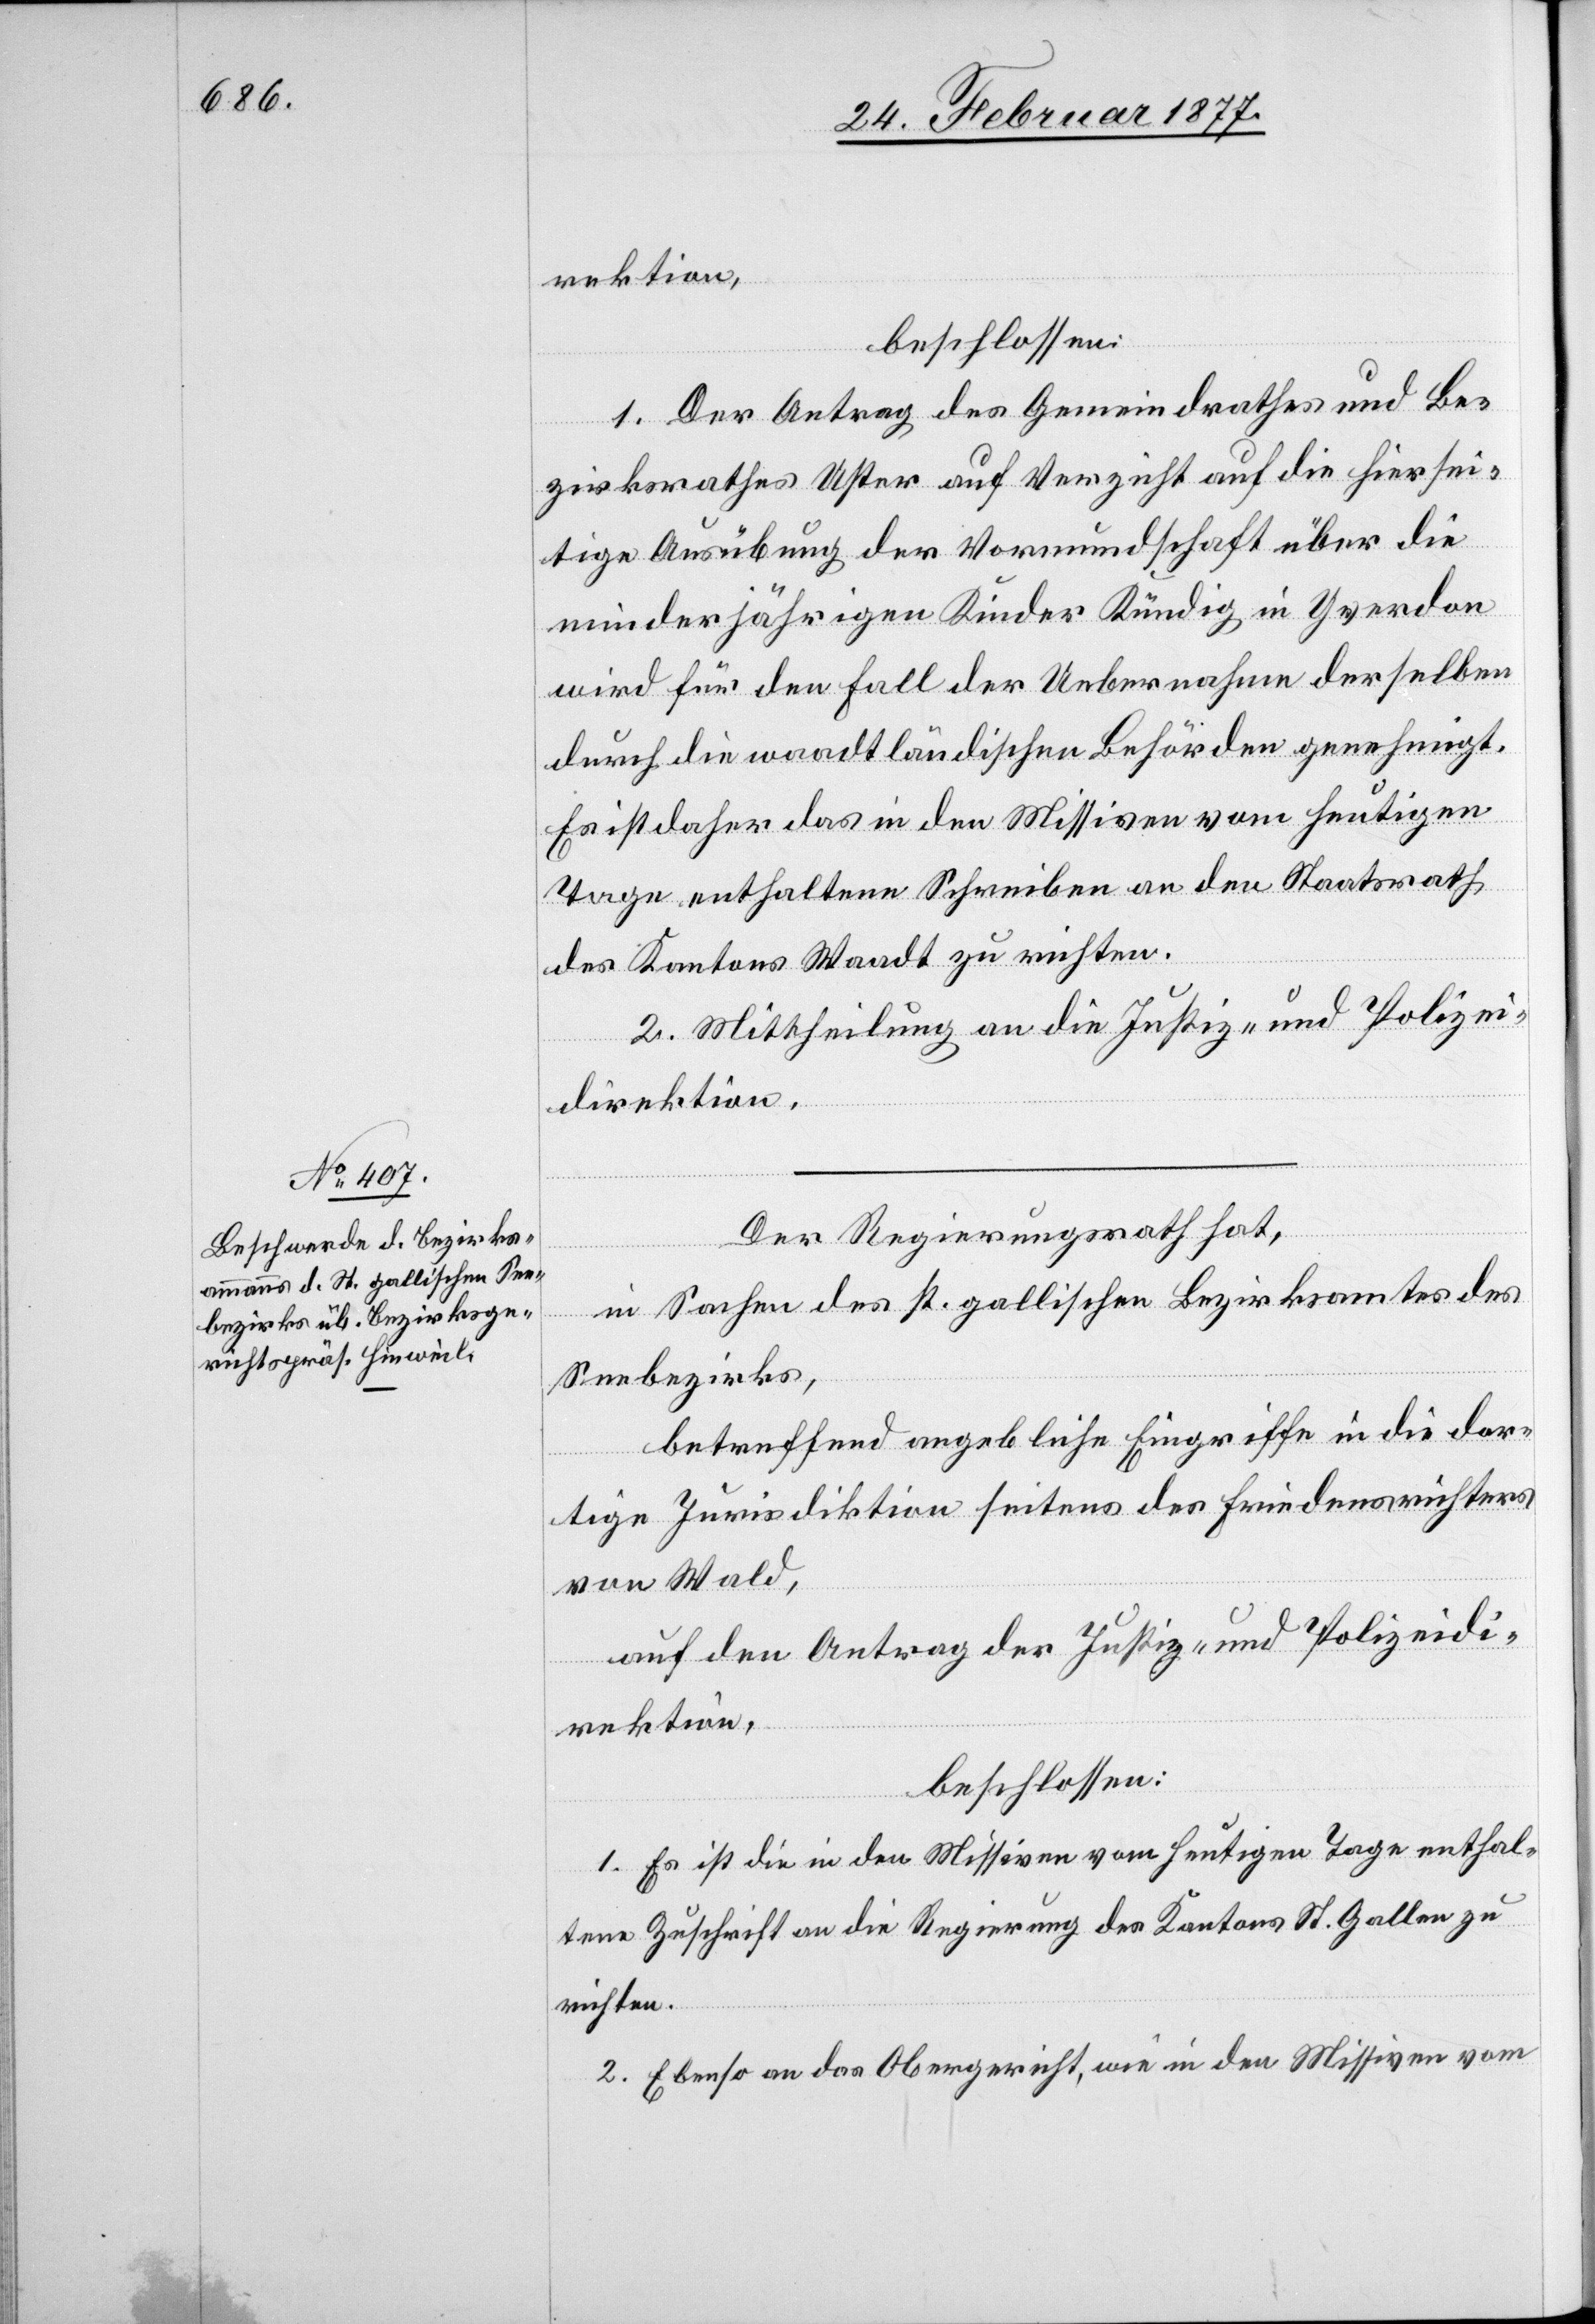
rektion,
beschlossen:
1. Der Antrag des Gemeindrathes und Be¬
zirksrathes Uster auf Verzicht auf die hiersei¬
tige Ausübung der Vormundschaft über die
minderjährigen Kinder Kündig in Yverdon
wird für den Fall der Uebernahme derselben
durch die waadtländischen Behörden genehmigt.
Es ist daher das in den Missiven vom heutigen
Tage enthaltene Schreiben an den Staatsrath
des Kantons Waadt zu richten.
2. Mittheilung an die Justiz- und Polizei¬
direktion.
Der Regierungsrath hat,
in Sachen des st. gallischen Bezirksamtes des
Seebezirkes,
betreffend angebliche Eingriffe in die dor¬
tige Jurisdiktion seitens des Friedensrichters
von Wald,
auf den Antrag der Justiz- und Polizeidi¬
rektion,
beschlossen:
1. Es ist die in den Missiven vom heutigen Tage enthal¬
tene Zuschrift an die Regierung des Kantons St. Gallen zu
richten.
2. Ebenso an das Obergericht, wie in den Missiven vom